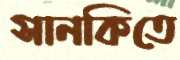
সানকিতে